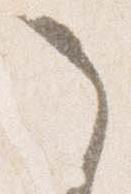
之